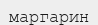
маргарин